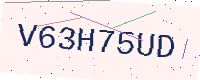
Text: V63H75UD